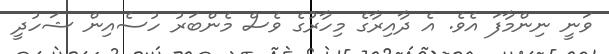
ވަނީ ނިންމާފަ އެވެ. އެ ދާއިރާގެ މިހާރުގެ ވެސް މެންބަރު ހުސެއިން ޝަހުދީ